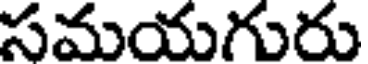
సమయగురు